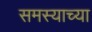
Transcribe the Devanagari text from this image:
समस्याच्या